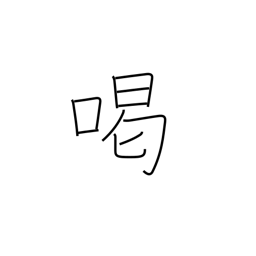
Meaning: scold